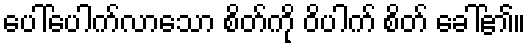
ပေါ်ပေါက်လာသော စိတ်ကို ဝိပါက် စိတ် ခေါ်၏။